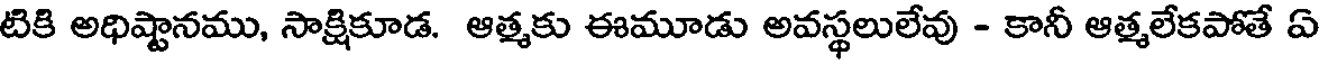
టికి అధిష్టానము, సాక్షికూడ. ఆత్మకు ఈమూడు అవస్థలులేవు - కానీ ఆత్మలేకపోతే ఏ